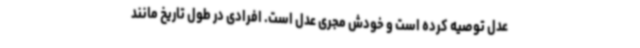
عدل توصیه کرده است و خودش مجری عدل است. افرادی در طول تاریخ مانند